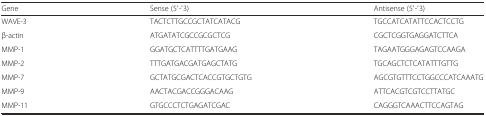
<table><thead><tr><td><b>Gene</b></td><td><b>Sense (5′-′3)</b></td><td><b>Antisense (5′-′3)</b></td></tr></thead><tbody><tr><td>WAVE-3</td><td>TACTCTTGCCGCTATCATACG</td><td>TGCCATCATATTCCACTCCTG</td></tr><tr><td>β-actin</td><td>ATGATATCGCCGCGCTCG</td><td>CGCTCGGTGAGGATCTTCA</td></tr><tr><td>MMP-1</td><td>GGATGCTCATTTTGATGAAG</td><td>TAGAATGGGAGAGTCCAAGA</td></tr><tr><td>MMP-2</td><td>TTTGATGACGATGAGCTATG</td><td>TGCAGCTCTCATATTTGTTG</td></tr><tr><td>MMP-7</td><td>GCTATGCGACTCACCGTGCTGTG</td><td>AGCGTGTTTCCTGGCCCATCAAATG</td></tr><tr><td>MMP-9</td><td>AACTACGACCGGGACAAG</td><td>ATTCACGTCGTCCTTATGC</td></tr><tr><td>MMP-11</td><td>GTGCCCTCTGAGATCGAC</td><td>CAGGGTCAAACTTCCAGTAG</td></tr></tbody></table>